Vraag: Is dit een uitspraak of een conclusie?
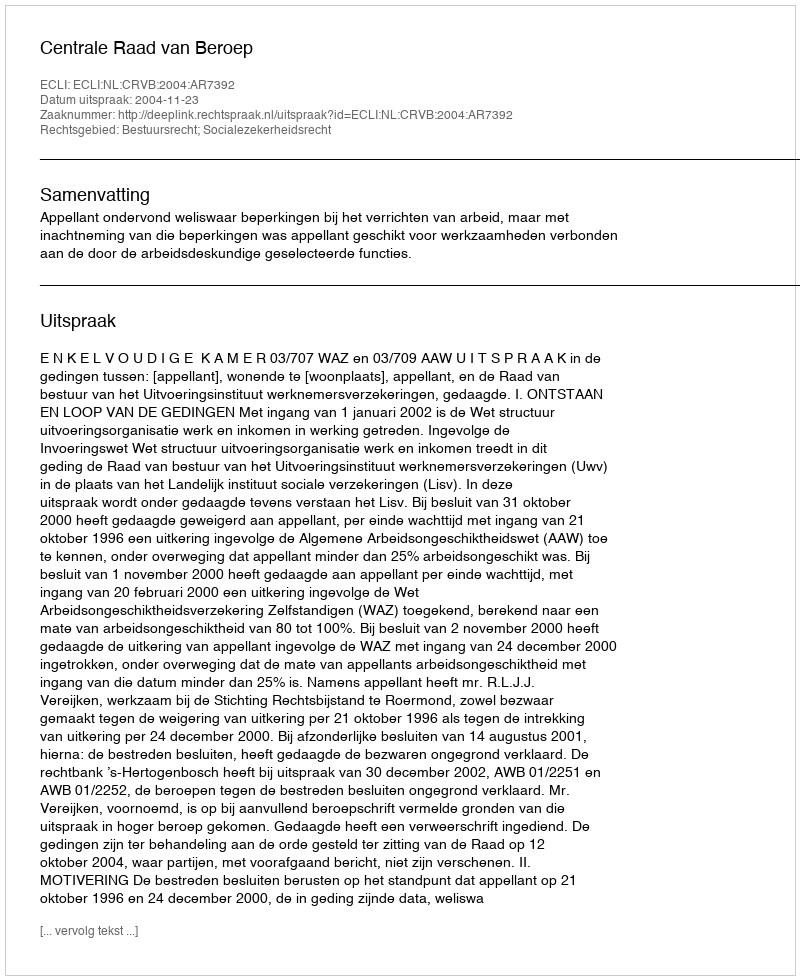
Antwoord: Uitspraak